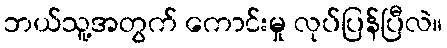
ဘယ်သူ့အတွက် ကောင်းမှု လုပ်ပြန်ပြီလဲ။